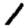
Digit: 1